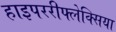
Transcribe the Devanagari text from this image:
हाइपररीफ्लेक्सिया